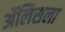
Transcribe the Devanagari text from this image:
ॲलिसला